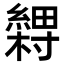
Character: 𬗽